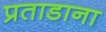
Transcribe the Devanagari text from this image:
प्रताडाना